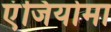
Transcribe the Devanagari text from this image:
एंजियोमा